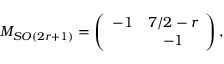
M _ { S O ( 2 r + 1 ) } = \left( \begin{array} { c c } { { - 1 } } & { { 7 / 2 - r } } \\ { { } } & { { - 1 } } \end{array} \right) ,